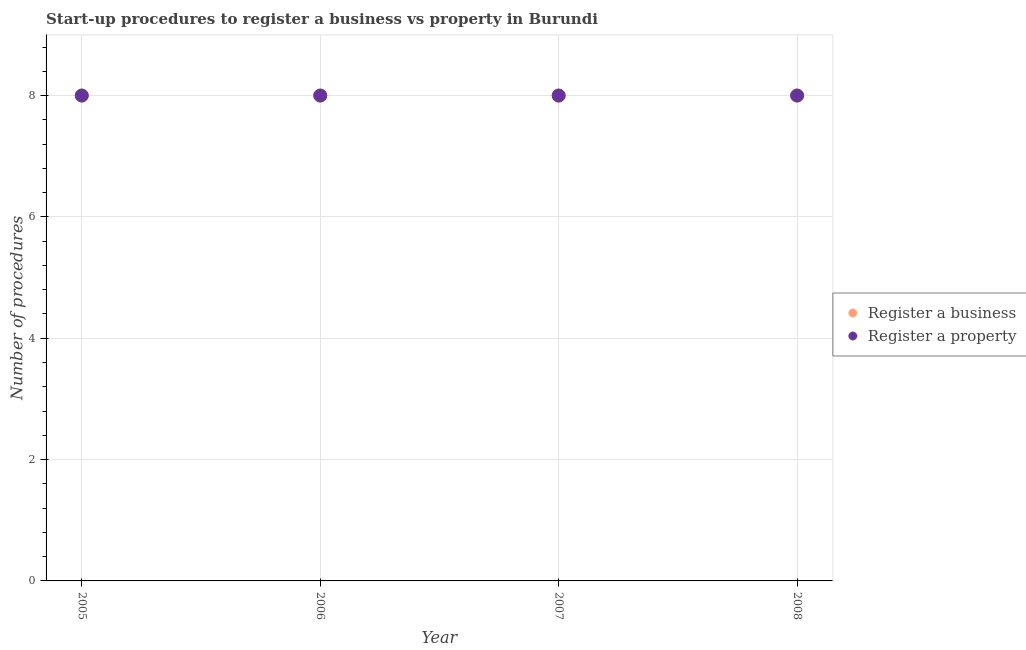
| Year | Register a business | Register a property |
 | --- | --- | --- |
 | 2005 | 8 | 8 |
 | 2006 | 8 | 8 |
 | 2007 | 8 | 8 |
 | 2008 | 8 | 8 |